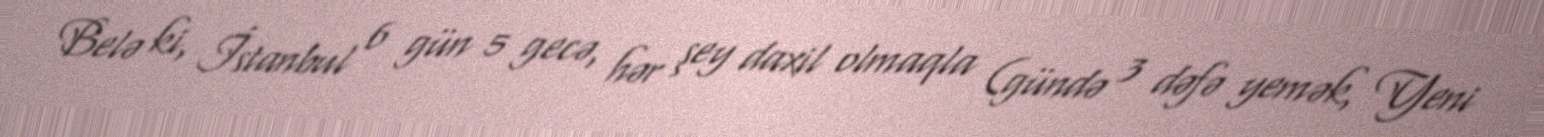
Belə ki, İstanbul 6 gün 5 gecə, hər şey daxil olmaqla (gündə 3 dəfə yemək, Yeni